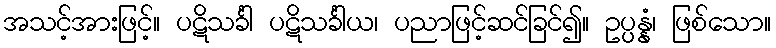
အသင့်အားဖြင့်။ ပဋိသင်္ခါ ပဋိသင်္ခါယ၊ ပညာဖြင့်ဆင်ခြင်၍။ ဥပ္ပန္နံ၊ ဖြစ်သော။